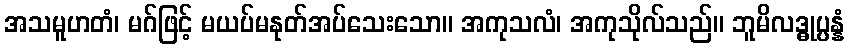
အသမူဟတံ၊ မဂ်ဖြင့် မယပ်မနုတ်အပ်သေးသော။ အကုသလံ၊ အကုသိုလ်သည်။ ဘူမိလဒ္ဓုပ္ပန္နံ